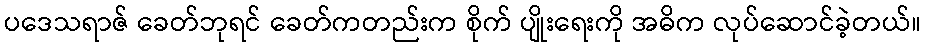
ပဒေသရာဇ် ခေတ်ဘုရင် ခေတ်ကတည်းက စိုက် ပျိုးရေးကို အဓိက လုပ်ဆောင်ခဲ့တယ်။